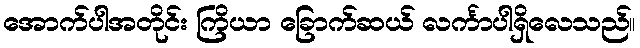
အောက်ပါအတိုင်း ကြိယာ ခြောက်ဆယ် လင်္ကာပါရှိလေသည်။